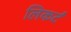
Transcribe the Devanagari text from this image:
लिकर्टं